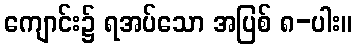
ကျောင်း၌ ရအပ်သော အပြစ် ၈-ပါး။